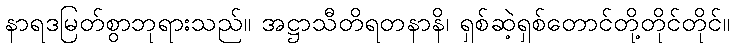
နာရဒမြတ်စွာဘုရားသည်။ အဋ္ဌာသီတိရတနာနိ၊ ရှစ်ဆဲ့ရှစ်တောင်တို့တိုင်တိုင်။